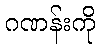
ဂဏန်းကို